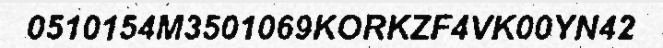
0510154M3501069KORKZF4VK00YN42